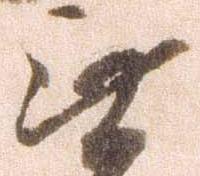
無